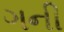
ગની